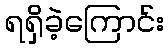
ရရှိခဲ့ကြောင်း